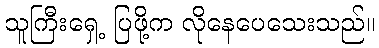
သူကြီးရှေ့ ပြဖို့က လိုနေပေသေးသည်။